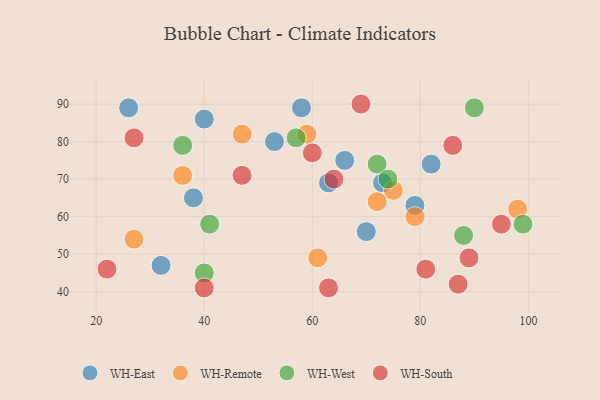
{"axis": {"x": "GDP", "y": "Life Expectancy"}, "legend": ["WH-East", "WH-Remote", "WH-South", "WH-West"], "data": [{"x": "79", "y": 63, "type": "WH-East"}, {"x": "73", "y": 69, "type": "WH-East"}, {"x": "26", "y": 89, "type": "WH-East"}, {"x": "32", "y": 47, "type": "WH-East"}, {"x": "38", "y": 65, "type": "WH-East"}, {"x": "82", "y": 74, "type": "WH-East"}, {"x": "53", "y": 80, "type": "WH-East"}, {"x": "58", "y": 89, "type": "WH-East"}, {"x": "63", "y": 69, "type": "WH-East"}, {"x": "70", "y": 56, "type": "WH-East"}, {"x": "40", "y": 86, "type": "WH-East"}, {"x": "66", "y": 75, "type": "WH-East"}, {"x": "47", "y": 82, "type": "WH-Remote"}, {"x": "61", "y": 49, "type": "WH-Remote"}, {"x": "59", "y": 82, "type": "WH-Remote"}, {"x": "98", "y": 62, "type": "WH-Remote"}, {"x": "79", "y": 60, "type": "WH-Remote"}, {"x": "75", "y": 67, "type": "WH-Remote"}, {"x": "36", "y": 71, "type": "WH-Remote"}, {"x": "72", "y": 64, "type": "WH-Remote"}, {"x": "27", "y": 54, "type": "WH-Remote"}, {"x": "36", "y": 79, "type": "WH-West"}, {"x": "99", "y": 58, "type": "WH-West"}, {"x": "88", "y": 55, "type": "WH-West"}, {"x": "72", "y": 74, "type": "WH-West"}, {"x": "41", "y": 58, "type": "WH-West"}, {"x": "74", "y": 70, "type": "WH-West"}, {"x": "40", "y": 45, "type": "WH-West"}, {"x": "90", "y": 89, "type": "WH-West"}, {"x": "57", "y": 81, "type": "WH-West"}, {"x": "60", "y": 77, "type": "WH-South"}, {"x": "47", "y": 71, "type": "WH-South"}, {"x": "63", "y": 41, "type": "WH-South"}, {"x": "22", "y": 46, "type": "WH-South"}, {"x": "87", "y": 42, "type": "WH-South"}, {"x": "86", "y": 79, "type": "WH-South"}, {"x": "64", "y": 70, "type": "WH-South"}, {"x": "40", "y": 41, "type": "WH-South"}, {"x": "69", "y": 90, "type": "WH-South"}, {"x": "27", "y": 81, "type": "WH-South"}, {"x": "89", "y": 49, "type": "WH-South"}, {"x": "81", "y": 46, "type": "WH-South"}, {"x": "95", "y": 58, "type": "WH-South"}]}